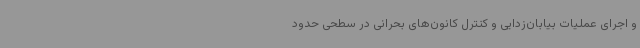
و اجرای عملیات بیابان‌زدایی و کنترل کانون‌های بحرانی در سطحی حدود